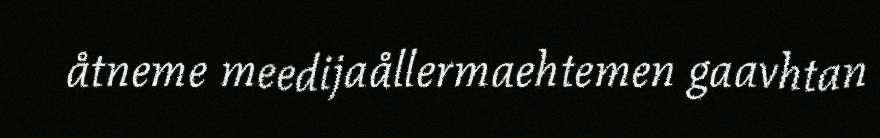
åtneme meedijaållermaehtemen gaavhtan